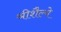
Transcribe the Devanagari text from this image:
श्रीशैल्ये